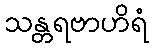
သန္တရဗာဟိရံ